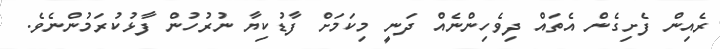
ރެއިން ފެށިގެން އެތައް ދިވެހިންނެއް ދަނީ މިކަމަށް ފާޑުކިޔާ ނުރުހުން ފާޅުކުރަމުންނެވެ.